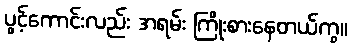
ပွင့်ကောင်းလည်း အရမ်း ကြိုးစားနေတယ်ကွ။